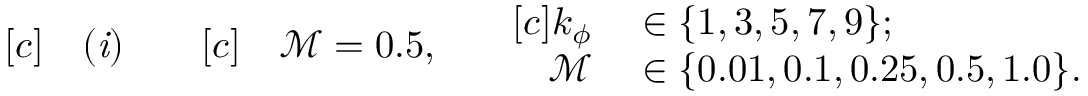
\begin{array} { r l } { [ c ] } & { { } \mathit { ( i ) } } \end{array} \quad \begin{array} { r l } { [ c ] } & { { } \mathcal { M } = 0 . 5 , } \end{array} \quad \begin{array} { r l } { [ c ] k _ { \phi } } & { { } \in \{ 1 , 3 , 5 , 7 , 9 \} ; } \\ { \mathcal { M } } & { { } \in \{ 0 . 0 1 , 0 . 1 , 0 . 2 5 , 0 . 5 , 1 . 0 \} . } \end{array}